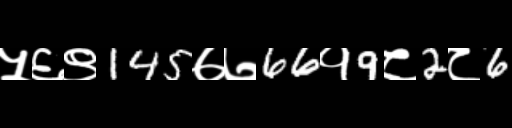
Text: ५६९145७७66१9८2८6